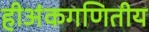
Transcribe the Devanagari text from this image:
हीअंकगणितीय